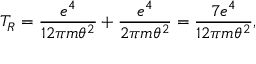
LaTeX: T _ { R } = \frac { e ^ { 4 } } { 1 2 \pi m \theta ^ { 2 } } + \frac { e ^ { 4 } } { 2 \pi m \theta ^ { 2 } } = \frac { 7 e ^ { 4 } } { 1 2 \pi m \theta ^ { 2 } } ,